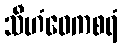
သီဟံဝေကစရံ